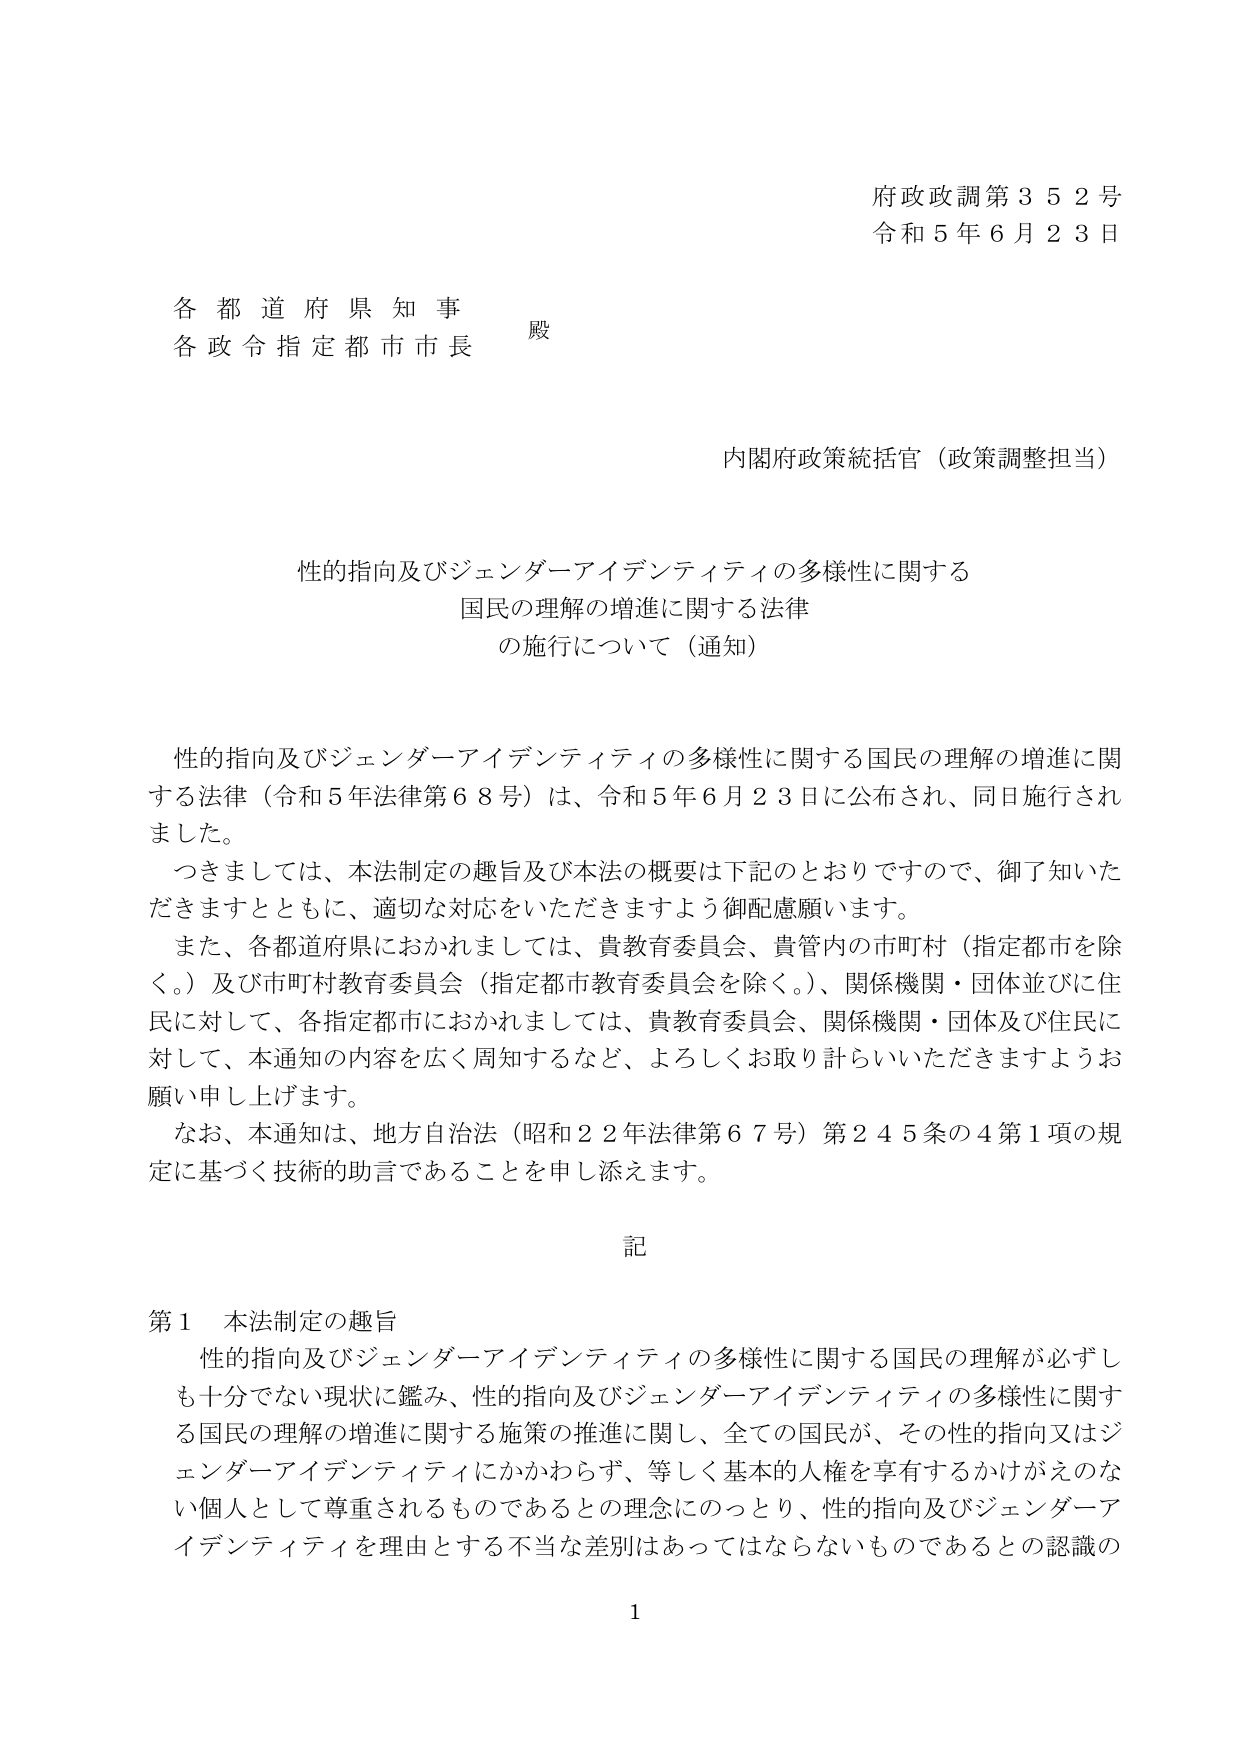
府政政調第３５２号
令和５年６月２３日

各都道府県知事 殿
各政令指定都市市長

内閣府政策統括官（政策調整担当）

性的指向及びジェンダーイデンティティの多様性に関する
国民の理解の増進に関する法律
の施行について（通知）

性的指向及びジェンダーイデンティティの多様性に関する国民の理解の増進に関する法律（令和５年法律第６８号）は、令和５年６月２３日に公布され、同日施行されました。
つきましては、本法制定の趣旨及び本法の概要は下記のとおりですので、御了知いただきますとともに、適切な対応をいただきますよう御配慮願います。
また、各都道府県におかれましては、貴教育委員会、貴管内の市町村（指定都市を除く。）及び市町村教育委員会（指定都市教育委員会を除く。）、関係機関・団体並びに住民に対して、各指定都市におかれましては、貴教育委員会、関係機関・団体及び住民に対して、本通知の内容を広く周知するなど、よろしくお取り計らいいただきますようお願い申し上げます。
なお、本通知は、地方自治法（昭和２２年法律第６７号）第２４５条の４第１項の規定に基づく技術的助言であることを申し添えます。

記

第１ 本法制定の趣旨
性的指向及びジェンダーイデンティティの多様性に関する国民の理解が必ずしも十分でない現状に鑑み、性的指向及びジェンダーイデンティティの多様性に関する国民の理解の増進に関する施策の推進に関し、全ての国民が、その性的指向又はジェンダーイデンティティにかかわらず、等しく基本的人権を享有するかげがえのない個人として尊重されるものであるとの理念にのっとり、性的指向及びジェンダーイデンティティを理由とする不当な差別はあってはならないものであるとの認識の

1